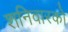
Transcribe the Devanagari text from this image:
शनिवारको